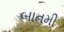
બાતમી